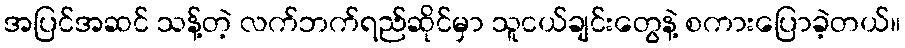
အပြင်အဆင် သန့်တဲ့ လက်ဘက်ရည်ဆိုင်မှာ သူငယ်ချင်းတွေနဲ့ စကားပြောခဲ့တယ်။